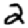
Digit: 2